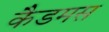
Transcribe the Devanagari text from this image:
कैडमस